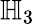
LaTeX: \mathbb{H}_{3}